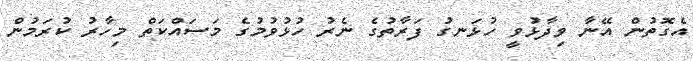
އެގޮތުން އޭނާ ވިދާޅުވީ ހުޅަނގު ފަރާތުގެ ނެރު ހުޅުވުމުގެ މަސައްކަތް މިހާރު ކުރަމުން